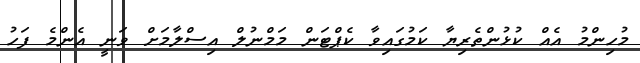
މުހިންމު އެއް ކުޅުންތެރިޔާ ކަމުގައިވާ ކެޕްޓަން މަމްނުލް އިސްލާމަށް ވަނީ އެންމެ ފަހު